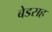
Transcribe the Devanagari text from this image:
बेडसह